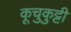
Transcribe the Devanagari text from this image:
कूचुकुट्टी